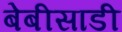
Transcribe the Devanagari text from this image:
बेबीसाडी